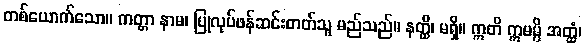
တစ်ယောက်သော။ ကတ္တာ နာမ၊ ပြုလုပ်ဖန်ဆင်းတတ်သူ မည်သည်။ နတ္ထိ၊ မရှိ။ ဣတိ ဣမမ္ပိ အတ္ထံ၊